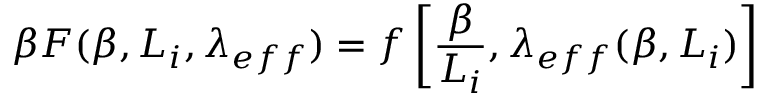
\beta F ( \beta , L _ { i } , \lambda _ { e f f } ) = f \left[ \frac { \beta } { L _ { i } } , \lambda _ { e f f } ( \beta , L _ { i } ) \right]